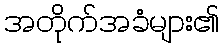
အတိုက်အခံများ၏